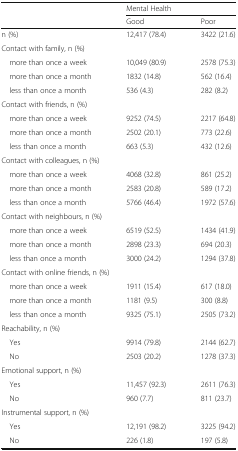
| <ROWSPAN=2>  | <COLSPAN=2> Mental Health |
 | Good | Poor |
 | --- | --- | --- |
 | n (%) | 12,417 (78.4) | 3422 (21.6) |
 | <COLSPAN=3> Contact with family, n (%) |
 | more than once a week | 10,049 (80.9) | 2578 (75.3) |
 | more than once a month | 1832 (14.8) | 562 (16.4) |
 | less than once a month | 536 (4.3) | 282 (8.2) |
 | <COLSPAN=3> Contact with friends, n (%) |
 | more than once a week | 9252 (74.5) | 2217 (64.8) |
 | more than once a month | 2502 (20.1) | 773 (22.6) |
 | less than once a month | 663 (5.3) | 432 (12.6) |
 | <COLSPAN=3> Contact with colleagues, n (%) |
 | more than once a week | 4068 (32.8) | 861 (25.2) |
 | more than once a month | 2583 (20.8) | 589 (17.2) |
 | less than once a month | 5766 (46.4) | 1972 (57.6) |
 | <COLSPAN=3> Contact with neighbours, n (%) |
 | more than once a week | 6519 (52.5) | 1434 (41.9) |
 | more than once a month | 2898 (23.3) | 694 (20.3) |
 | less than once a month | 3000 (24.2) | 1294 (37.8) |
 | <COLSPAN=3> Contact with online friends, n (%) |
 | more than once a week | 1911 (15.4) | 617 (18.0) |
 | more than once a month | 1181 (9.5) | 300 (8.8) |
 | less than once a month | 9325 (75.1) | 2505 (73.2) |
 | <COLSPAN=3> Reachability, n (%) |
 | Yes | 9914 (79.8) | 2144 (62.7) |
 | No | 2503 (20.2) | 1278 (37.3) |
 | <COLSPAN=3> Emotional support, n (%) |
 | Yes | 11,457 (92.3) | 2611 (76.3) |
 | No | 960 (7.7) | 811 (23.7) |
 | <COLSPAN=3> Instrumental support, n (%) |
 | Yes | 12,191 (98.2) | 3225 (94.2) |
 | No | 226 (1.8) | 197 (5.8) |